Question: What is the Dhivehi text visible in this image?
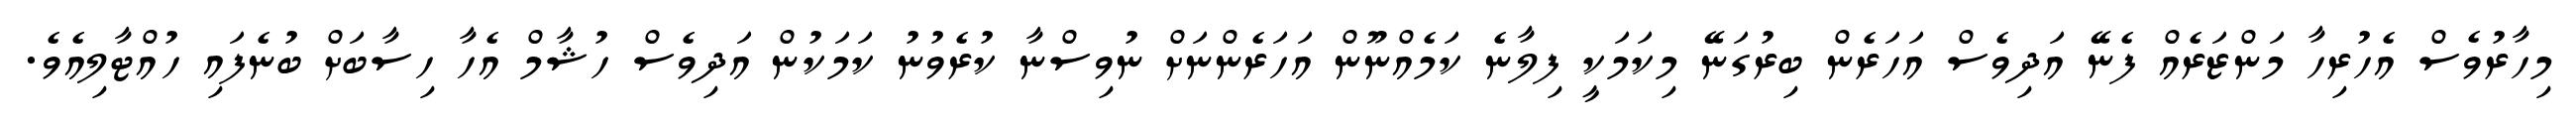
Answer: މިހާރުވެސް އެހުރިހާ މަންޒަރެއް ފެނޭ އަދިވެސް އަހަރެން ބިރުގަނޭ މިކަމަކީ ފިލާނެ ކަމެއްނޫން އަހަރެންނަށް ނުވިސްނާ ކުރެވުނު ކަމަކުން އަދިވެސް ހުޝާމް އެހާ ހިސާބަށް ބުނެފައި ހުއްޓާލިއެވެ.